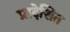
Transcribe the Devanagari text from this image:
प्रादेशित